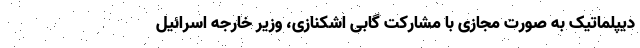
دیپلماتیک به صورت مجازی با مشارکت گابی اشکنازی، وزیر خارجه اسرائیل